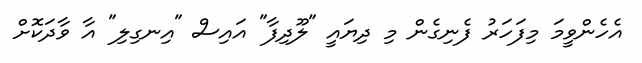
އެހެންވީމަ މިފަހަރު ފެނިގެން މި ދިޔައީ "ލޫދިފާ" އައިސް "އިނގިލި" އާ ވާދަކޮށް